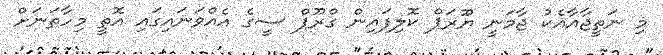
މި ނަތީޖާއާއެކު ޖާމަނީ ޔޫރަޕް ކޮލިފައިން ގްރޫޕް ސީގެ އެއްވަނައިގައި އޮތީ މިހާތަނަށް